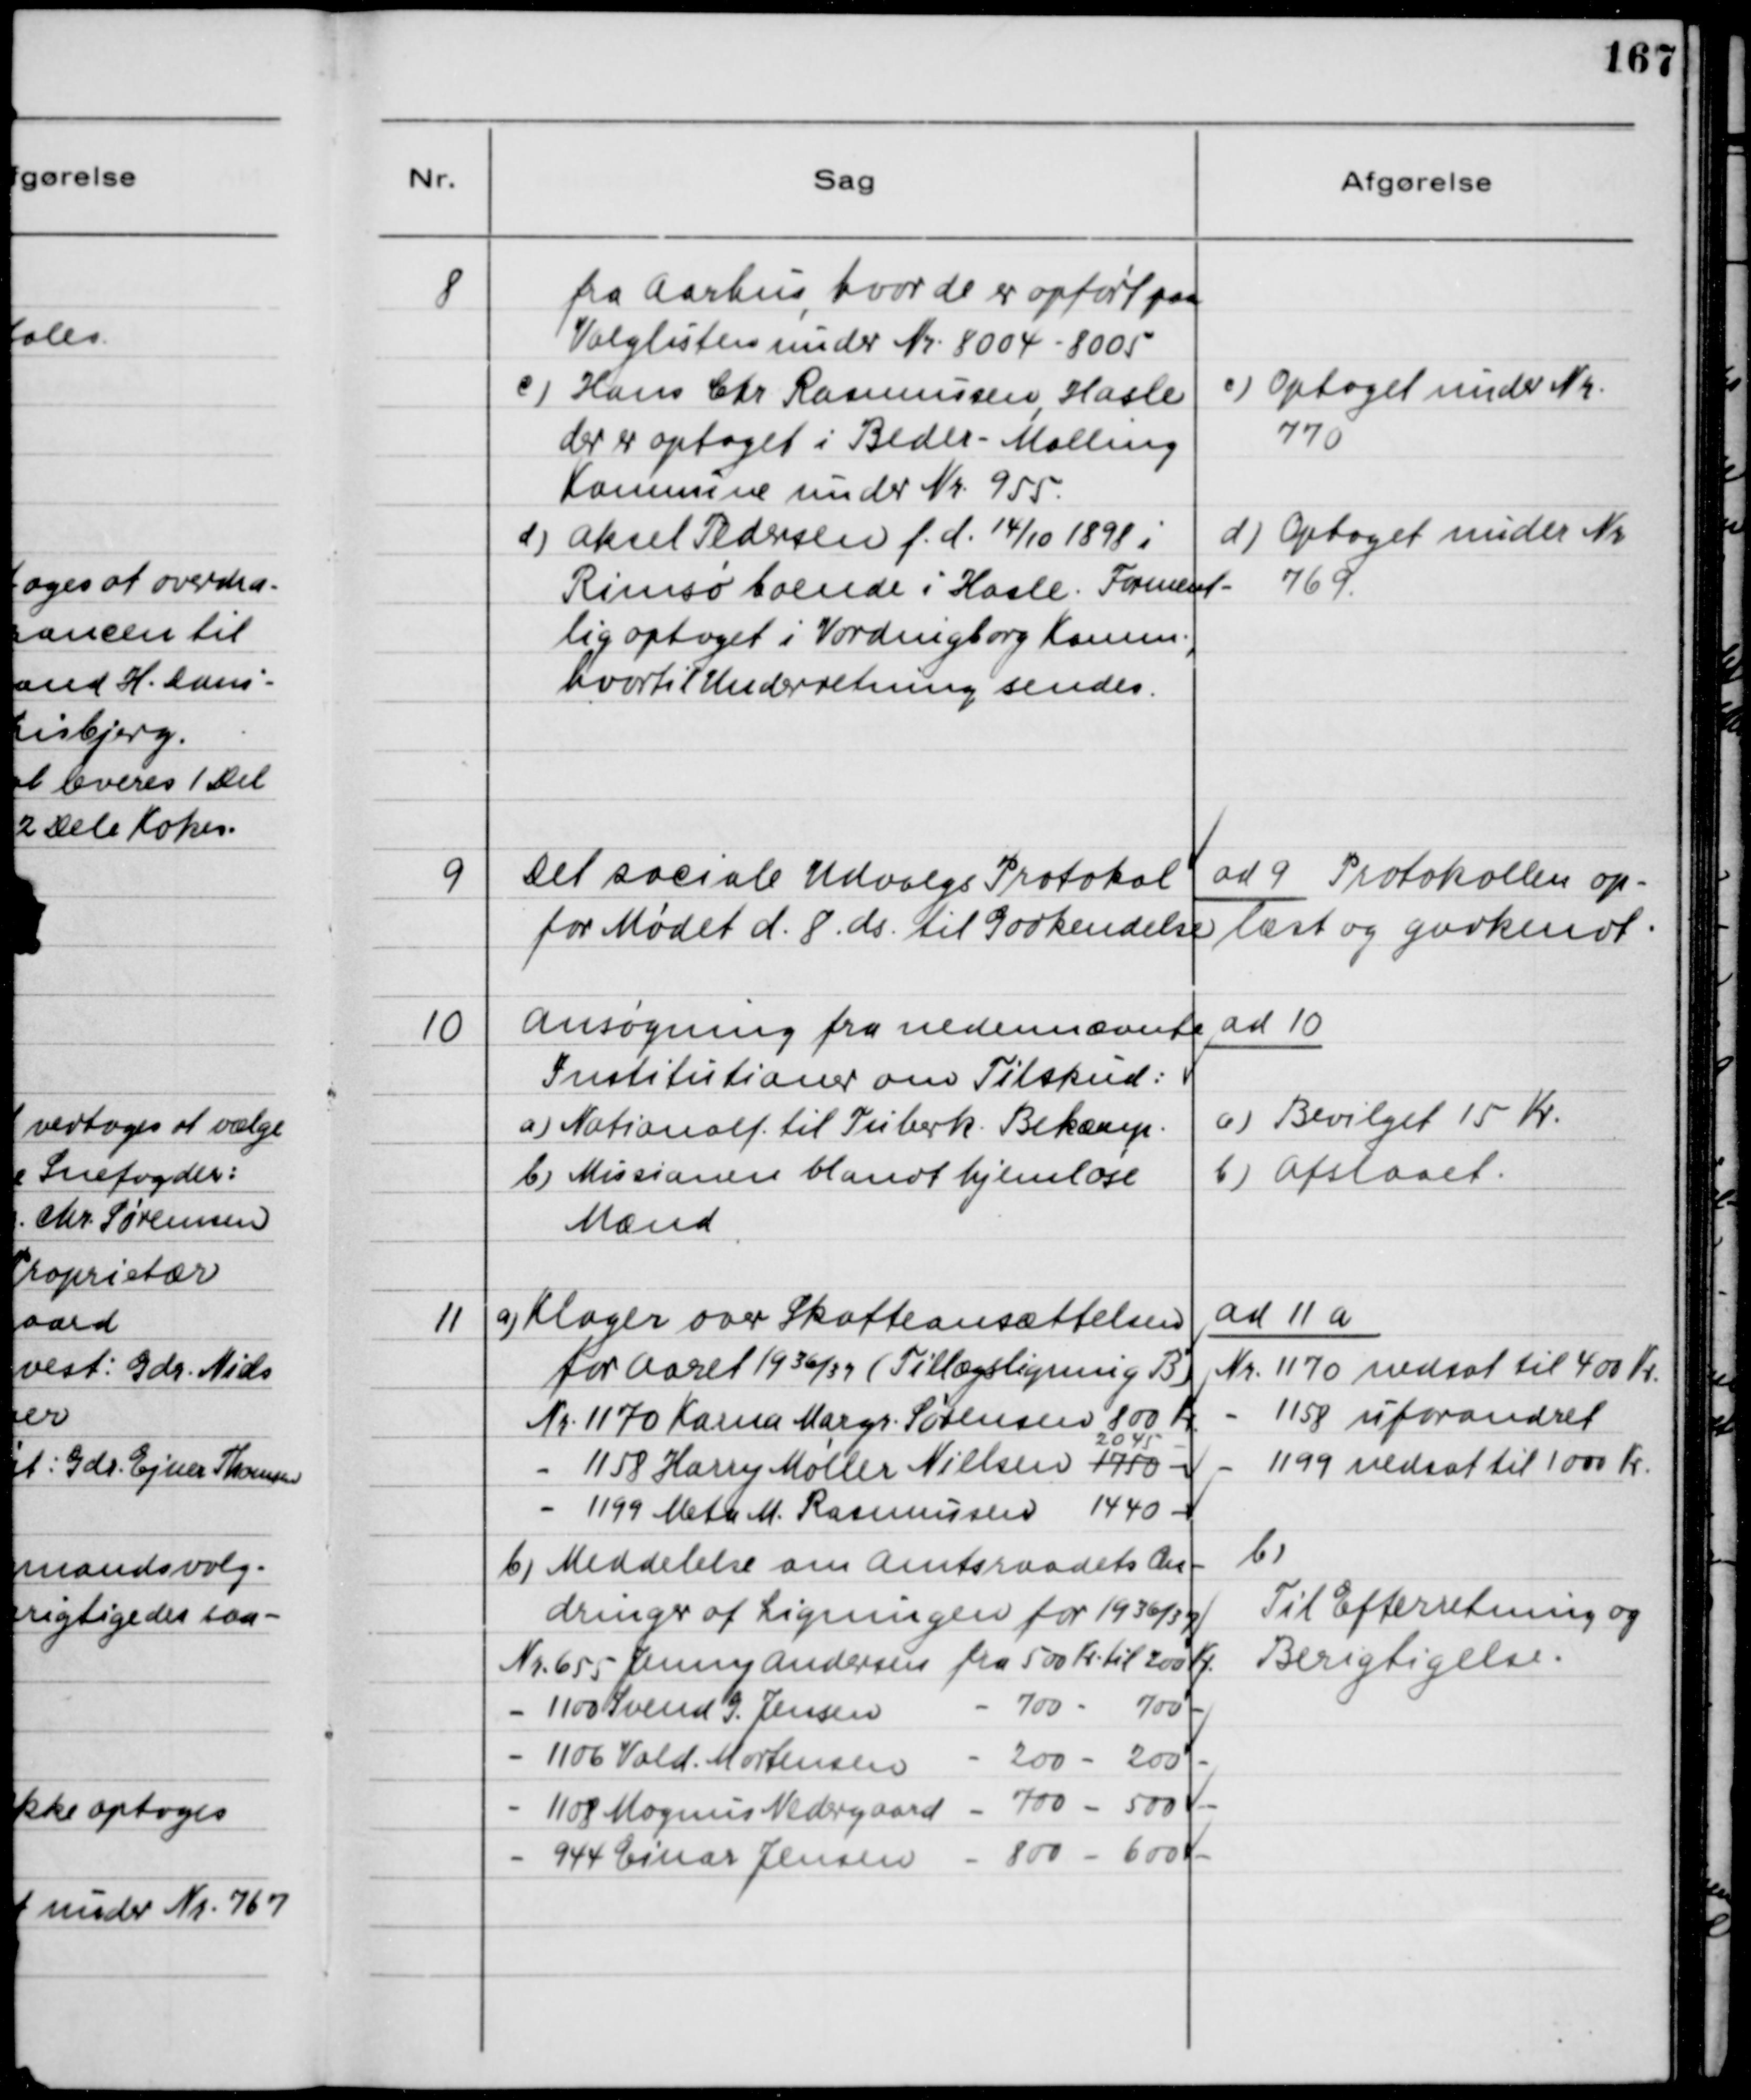
Transskription:
8
Fra Aarhus, hvor de er opført paa
Valglisten under Nr. 8004-8005
c) Hans Chr Rasmussen, Hasle
der er optaget i Beder-Malling
Kommune under Nr. 955
d) Aksel Pedersen f. d. 14/10 1898 i
Rimsø boende i Hasle. Forment-
lig optaget i Vordingborg Komm.,
hvortil Underretning sendes.
c) Optaget under Nr.
770
d) Optaget under Nr.
769
9
Det sociale Udvalgs Protokol
for Mødet d. 8. ds. til Godkendelse
ad 9 Protokollen op-
læst og godkendt.
10
Ansøgning fra nedennævnte
Institutioner om Tilskud:
a) Nationalf. til Tuberk. Bekæmp.
b) Missionen blandt hjemløse
Mænd
ad 10
a) Bevilget 15 Kr
b) Afslaaet.
11
a) Klager over Skatteansættelsen
for Aaret 1936/37 (Tillægsligning B)
Nr. 1170 Kamma Margr. Sørensen 800 Kr
1158 Harry Møller Nielsen 1750 -
2045 -
1199 Meta M. Rasmussen 1440 -
b) Meddelelse om Amtsraadets Æn-
dringer af Ligningen for 1936/37
Nr. 655 Jenny Andersen fra 500 Kr. til 200 Kr
1100 Svend G. Jensen
700 - 700 -
1106 Vald. Mortensen
200 - 200 -
1108 Mogens Nedergaard
700 - 500 -
944 Einar Jensen
800 - 600 -
ad 11 a
Nr. 1170 nedsat til 400 Kr.
1158 uforandret
1199 nedsat til 1000 Kr.
b)
Til Efterretning og
Berigtigelse.